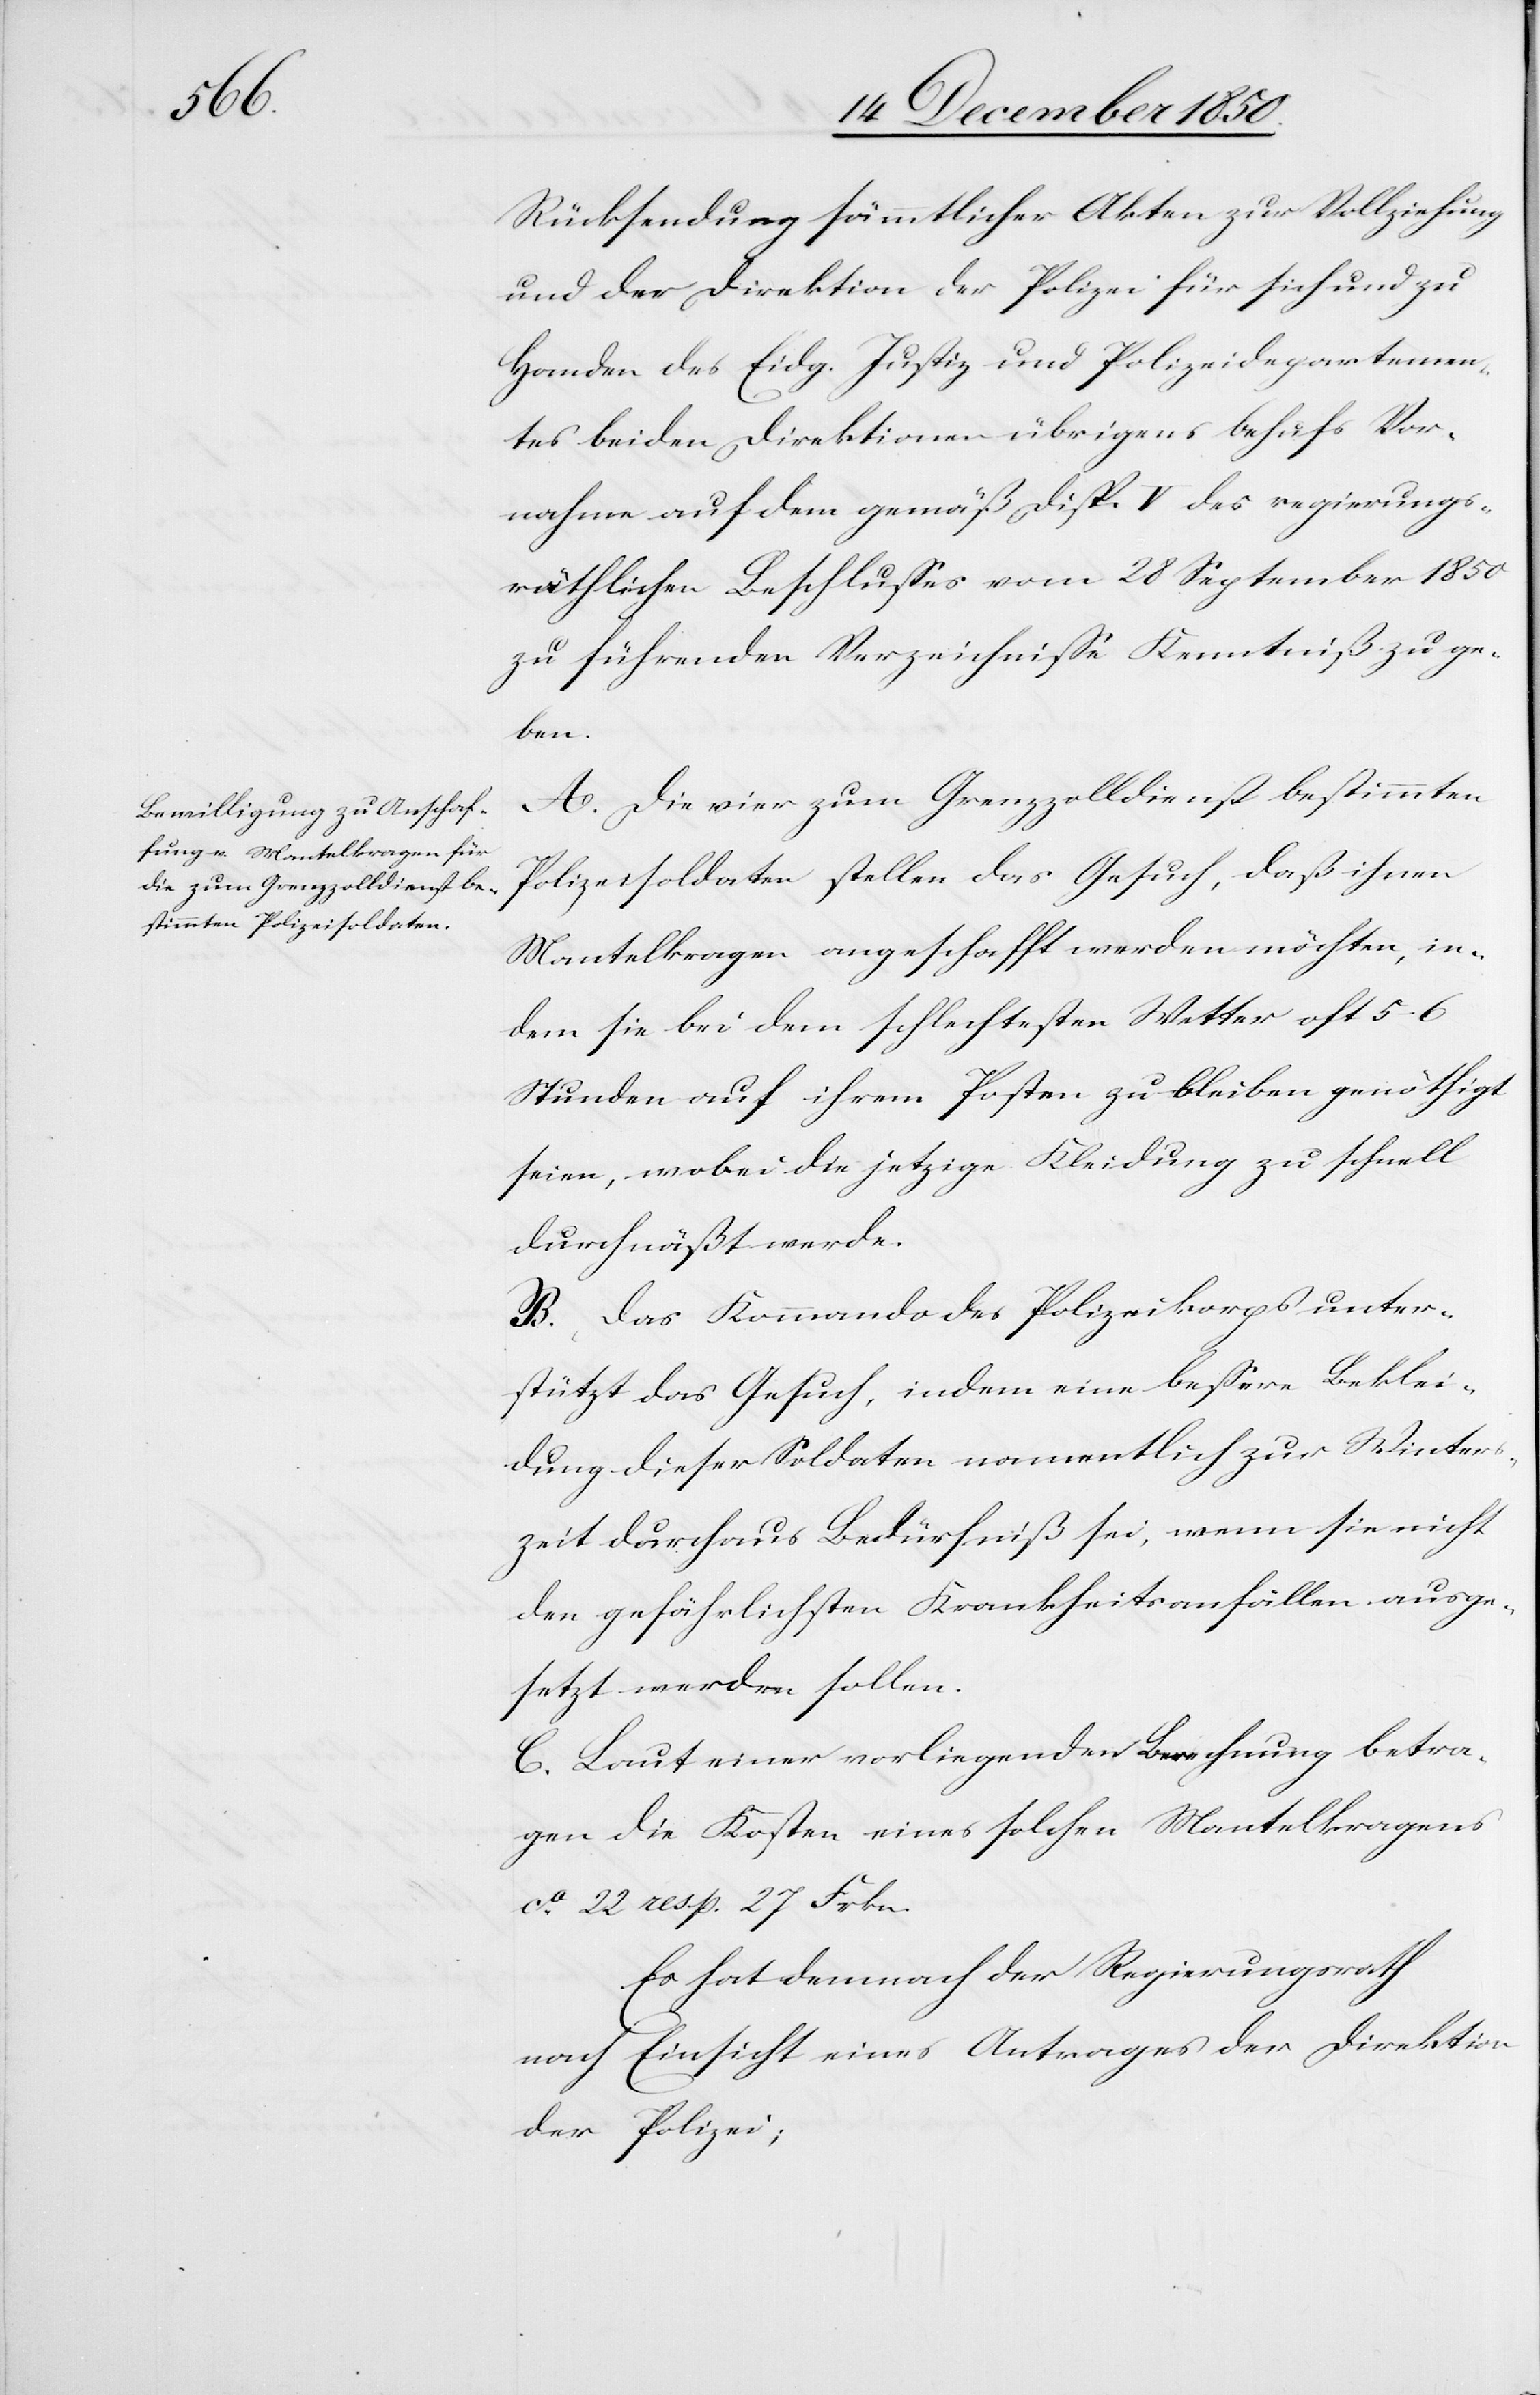
Rücksendung sämmtlicher Akten zur Vollziehung
und der Direktion der Polizei für sich und zu
Handen des Eidg. Justiz[-] und Polizeidepartemen¬
tes beiden Direktionen übrigens behufs Vor¬
nahme auf dem gemäß Disp. V des regierungs¬
räthlichen Beschlusses vom 28 September 1850
zu führenden Verzeichnisse Kenntniß zu ge¬
ben.
A. Die vier zum Grenzzolldienst bestimmten
Polizeisoldaten stellen das Gesuch, daß ihnen
Mantelkragen angeschafft werden möchten, in¬
dem sie bei dem schlechtesten Wetter oft 5–6
Stunden auf ihrem Posten zu bleiben genöthigt
seien, wobei die jetzige Kleidung zu schnell
durchnäßt werde.
B. Das Kommando des Polizeikorps unter¬
stützt das Gesuch, indem eine bessere Beklei¬
dung dieser Soldaten namentlich zur Winters¬
zeit durchaus Bedürfniß sei, wenn sie nicht
den gefährlichsten Krankheitsanfällen ausge¬
setzt werden sollen.
C. Laut einer vorliegenden Berechnung betra¬
gen die Kosten eines solchen Mantelkragens
ca 22 resp. 27 Frkn.
Es hat demnach der Regierungsrath
nach Einsicht eines Antrages der Direktion
der Polizei;